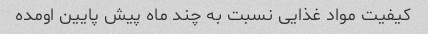
کیفیت مواد غذایی نسبت به چند ماه پیش پایین اومده